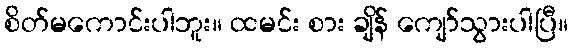
စိတ်မကောင်းပါဘူး။ ထမင်း စား ချိန် ကျော်သွားပါပြီ။